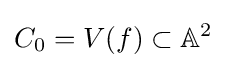
C_{0}=V(f)\subset \mathbb {A} ^{2}